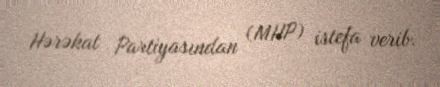
Hərəkat Partiyasından (MHP) istefa verib.